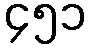
၄၅၁